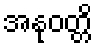
အနုဝတ္တိ